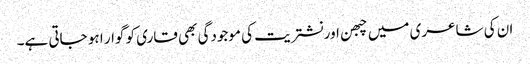
ان کی شاعری میں چبھن اور نشتریت کی موجودگی بھی قاری کو گوار ا ہو جاتی ہے۔